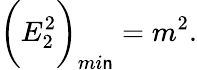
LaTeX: \bigg(E_{2}^{2}\bigg)_{mi\mathsf{n}}=m^{2}.